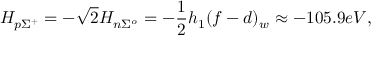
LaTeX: H _ { p \Sigma ^ { + } } = - \sqrt { 2 } H _ { n \Sigma ^ { o } } = - \frac { 1 } { 2 } h _ { 1 } ( f - d ) _ { w } \approx - 1 0 5 . 9 e V ,